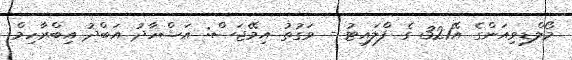
މޯލްޑިވިއަންގެ އޭ321 ގެ ފްލައިޓު - ވަގުތު އިމޭޖަސް: އަޝްހާދު އަބްދު އިބްރާހިމް